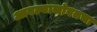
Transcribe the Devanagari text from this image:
आपल्यासोबतचा